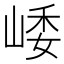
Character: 𡹜